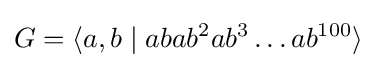
G=\langle a,b\mid abab^{2}ab^{3}\dots ab^{100}\rangle